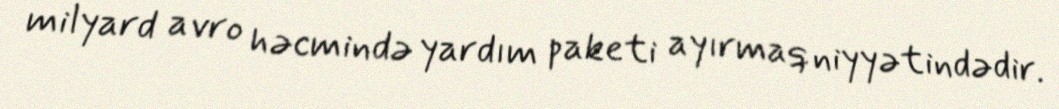
milyard avro həcmində yardım paketi ayırmaq niyyətindədir.